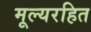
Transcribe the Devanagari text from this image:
मूल्यरहित